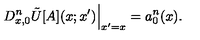
\left. D _ { x , 0 } ^ { n } \tilde { U } [ A ] ( x ; x ^ { \prime } ) \right\vert _ { x ^ { \prime } = x } = a _ { 0 } ^ { n } ( x ) .